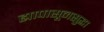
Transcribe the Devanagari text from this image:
ह्यापासूनसुद्धा